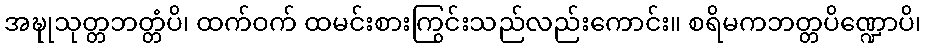
အဍ္ဎုသုတ္တဘတ္တံပိ၊ ထက်ဝက် ထမင်းစားကြွင်းသည်လည်းကောင်း။ စရိမကဘတ္တပိဏ္ဍောပိ၊